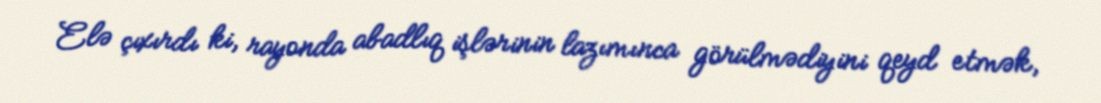
Elə çıxırdı ki, rayonda abadlıq işlərinin lazımınca görülmədiyini qeyd etmək,